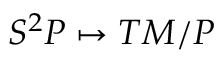
S ^ { 2 } P \mapsto T M / P